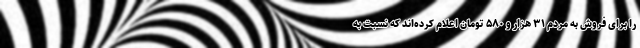
را برای فروش به مردم ۳۱ هزار و ۵۸۰ تومان اعلام کرده‌اند که نسبت به